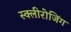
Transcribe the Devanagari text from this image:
स्क्लीरोजिंग